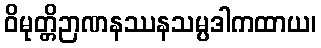
ဝိမုတ္တိဉာဏနဿနသမ္ပဒါကထာယ၊